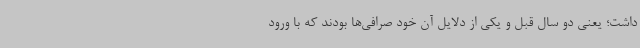
داشت؛ یعنی دو سال قبل و یکی از دلایل آن خود صرافی‌ها بودند که با ورود